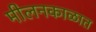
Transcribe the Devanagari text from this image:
मीलनकाळात